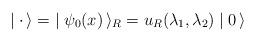
LaTeX: \begin{align*}\mid {\bf \cdot} \, \rangle = \; \mid \psi_0(x)\, \rangle_R = u_R(\lambda_1, \lambda_2) \mid 0 \, \rangle \end{align*}